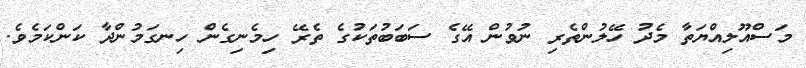
މަސްއޫލިއްޔަތާ މެދު ހޭލުންތެރި ނުވުން އޭގެ ސަބަބުތަކުގެ ތެރޭ ހިމެނިގެން ހިނގަމުންދާ ކަންކަމެވެ.